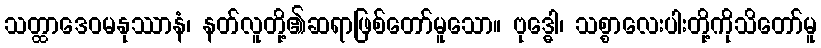
သတ္ထာဒေဝမနုဿာနံ၊ နတ်လူတို့၏ဆရာဖြစ်တော်မူသော။ ဗုဒ္ဓေါ၊ သစ္စာလေးပါးတို့ကိုသိတော်မူ